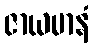
ဇာယမာနံ